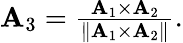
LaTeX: \begin{array}{r}{{\mathbf{A}}_{3}=\frac{{\mathbf{A}}_{1}\times{\mathbf{A}}_{2}}{\| {\mathbf{A}}_{1}\times{\mathbf{A}}_{2}\| }.}\end{array}